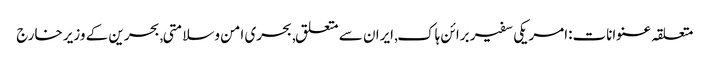
متعلقہ عنوانات‬:امریکی سفیر برائن ہاک, ایران سے متعلق, بحری امن وسلامتی, بحرین کے وزیر خارج